Civil Veterinary Dept. Bombay admin report 1923-31 - 1923-1931
Year: 1923
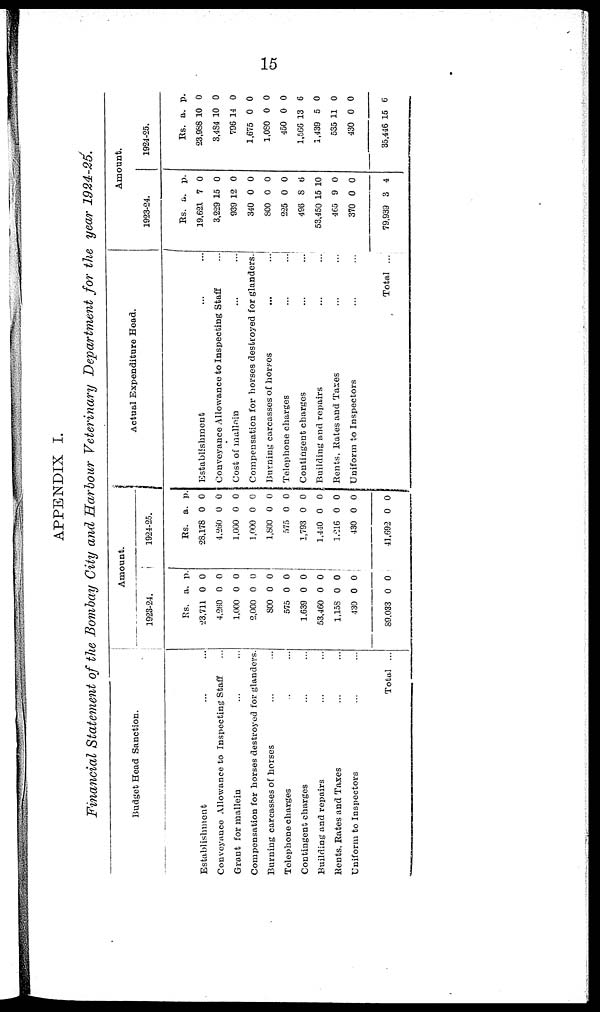
15
APPENDIX I.
Financial Statement of the Bombay City and Harbour Veterinary Department for the year 1924-25.
Budget Head Sanction.
Establishment ... ...
Conveyance Allowance to Inspecting Staff ...
Grant for mallein ... ...
Compensation for horses destroyed for glanders.
Burning carcasses of horses ... ...
Telephone charges ... ...
Contingent charges ... ...
Building and repairs ... ...
Rents, Rates and Taxes ... ...
Uniform to Inspectors ... ...
Total ...
Amount.
1923-24.
Rs.
23,711
4,260
1,000
2,000
800
575
1,639
53,460
1,158
430
89,033
a.
0
0
0
0
0
0
0
0
0
0
0
p.
0
0
0
0
0
0
0
0
0
0
0
1924-25.
Rs.
28,178
4,260
1,000
1,000
1,800
575
1,793
1,440
1,216
430
41,692
a.
0
0
0
0
0
0
0
0
0
0
0
p.
0
0
0
0
0
0
0
0
0
0
0
Actual Expenditure Head.
Establishment ... ...
Conveyance Allowance to Inspecting Staff ...
Cost of mallein ... ...
Compensation for horses destroyed for glanders.
Burning carcasses of horses
...
...
Telephone charges
...
...
Contingent charges ... ...
Building and repairs ... ...
Rents, Rates and Taxes ... ...
Uniform to Inspectors ... ...
Total ...
Amount.
1923-24.
Rs.
19,621
3,229
939
340
800
225
496
53,450
465
370
79,939
a.
7
15
12
0
0
0
8
15
9
0
3
p.
0
0
0
0
0
0
6
10
0
0
4
1924-25.
Rs.
23,988
3,484
796
1,675
1,080
450
1,566
1,439
535
430
35,446 1
a.
10
10
14
0
0
0
13
5
11
0
5
p.
0
0
0
0
0
0
6
0
0
0
6